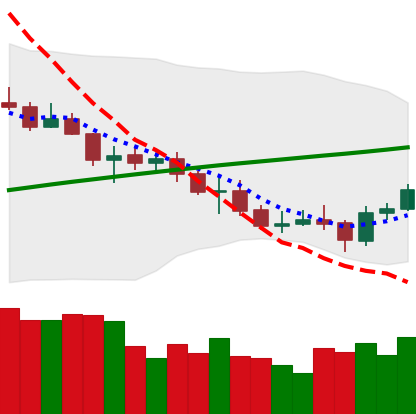
Ticker: ETC-USD
Chart end date: 2021-07-23
Forward return: 7.389%
Label: up_7plus